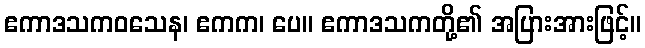
ဧကာဒသကဝသေန၊ ဧကက၊ ပေ။ ဧကာဒသကတို့၏ အပြားအားဖြင့်။